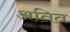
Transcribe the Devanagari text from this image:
अतित